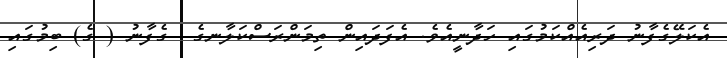
އެކަލޭގެފާނު ދަރިއެއްކަމުގައި ހަދާނީއެވެ. އެފަދައިން ތިމަންރަސްކަލާނގެ  ގެފާނު ( ގެ) ބިމުގައި